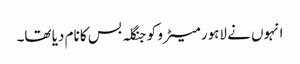
انہوں نے لاہور میٹرو کو جنگلہ بس کا نام دیا تھا۔